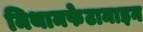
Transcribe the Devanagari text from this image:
मिथामफेटामाइन